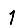
Digit: 1